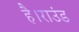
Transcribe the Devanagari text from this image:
है।राउंड